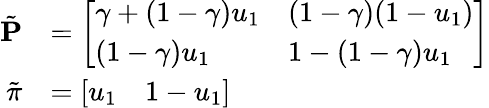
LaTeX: \begin{array}{rl}{\tilde{\mathbf{P}}}&{=\left[\begin{array}{ll}{\gamma+(1-\gamma)u_{1}}&{(1-\gamma)(1-u_{1})}\\ {(1-\gamma)u_{1}}&{1-(1-\gamma)u_{1}}\end{array}\right]}\\ {\tilde{\pi}}&{=\left[\begin{array}{ll}{u_{1}}&{1-u_{1}}\end{array}\right]}\end{array}